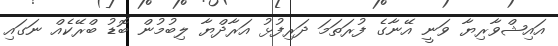
އައިޝްވާރިޔާ ވަނީ އޭނާގެ ފުރަތަމަ ދަރިފުޅު އަރާދްޔާ ލިބުމުން ބޮޑު ބްރޭކެއް ނަގައި